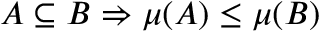
A \subseteq B \Rightarrow \mu ( A ) \leq \mu ( B )